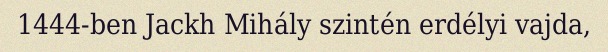
1444-ben Jackh Mihály szintén erdélyi vajda,